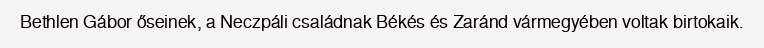
Bethlen Gábor őseinek, a Neczpáli családnak Békés és Zaránd vármegyében voltak birtokaik.